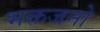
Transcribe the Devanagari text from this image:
भक्तजनो